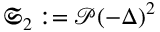
\mathfrak { S } _ { 2 } : = \mathcal { P } ( - \Delta ) ^ { 2 }